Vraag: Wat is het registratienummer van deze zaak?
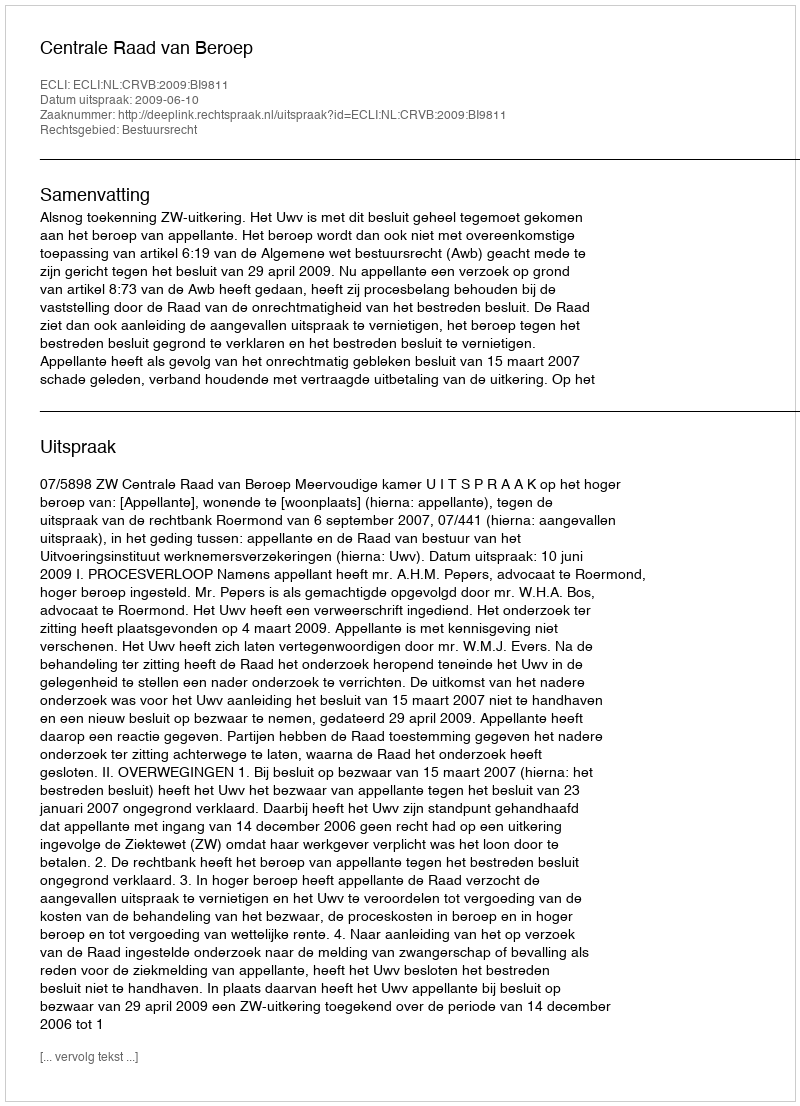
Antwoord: http://deeplink.rechtspraak.nl/uitspraak?id=ECLI:NL:CRVB:2009:BI9811